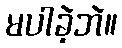
မပါခဲ့ဘဲ။